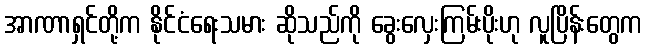
အာဏာရှင်တို့က နိုင်ငံရေးသမား ဆိုသည်ကို ခွေးလှေးကြမ်းပိုးဟု လူပြိန်းတွေက